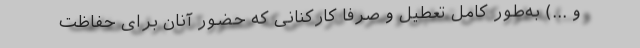
و ...) به‌طور کامل تعطیل و صرفاً کارکنانی که حضور آنان برای حفاظت